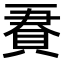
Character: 𧵹